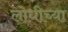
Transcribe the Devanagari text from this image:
लोधीच्या